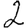
Digit: 2